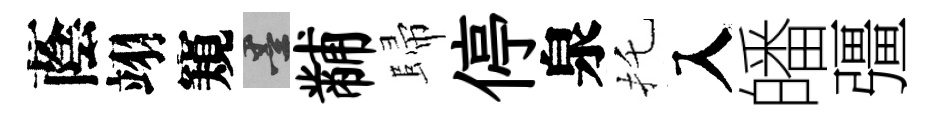
蔭翊窺墨黼歸停泉托入皤彊